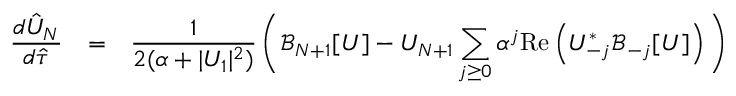
\begin{array} { r c l } { \displaystyle \frac { d \hat { U } _ { N } } { d \hat { \tau } } } & { = } & { \displaystyle \frac { 1 } { 2 ( \alpha + | U _ { 1 } | ^ { 2 } ) } \, \bigg ( \mathcal { B } _ { N + 1 } [ U ] - U _ { N + 1 } \sum _ { j \ge 0 } \alpha ^ { j } \mathrm { R e } \left( U _ { - j } ^ { * } \mathcal { B } _ { - j } [ U ] \right) \bigg ) } \end{array}